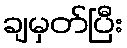
ချမှတ်ပြီး